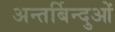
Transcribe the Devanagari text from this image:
अन्तर्बिन्दुओं